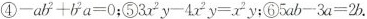
④$$-ab^{2}+b^{2}a=0; $$⑤$$3x^{2}y+4x^{2}y=x^{2}y; $$⑥$$5ab+3a=2b.$$